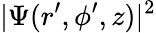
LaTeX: |\Psi(r^{\prime},\phi^{\prime},z)|^{2}